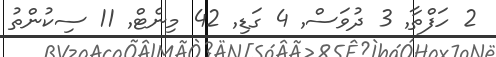
2 ހަފްތާ